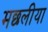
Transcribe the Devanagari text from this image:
मछलीया